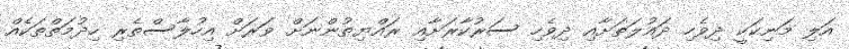
އަލި މަނިކަކީ ދިވެހި ދައުލަތަށާއި ދިވެހި ސަރުކާރަށާއި ރައްޔިތުންނަށް ވަރަށް އިހުލާސްތެރި ހިދުމަތްތަކެއް